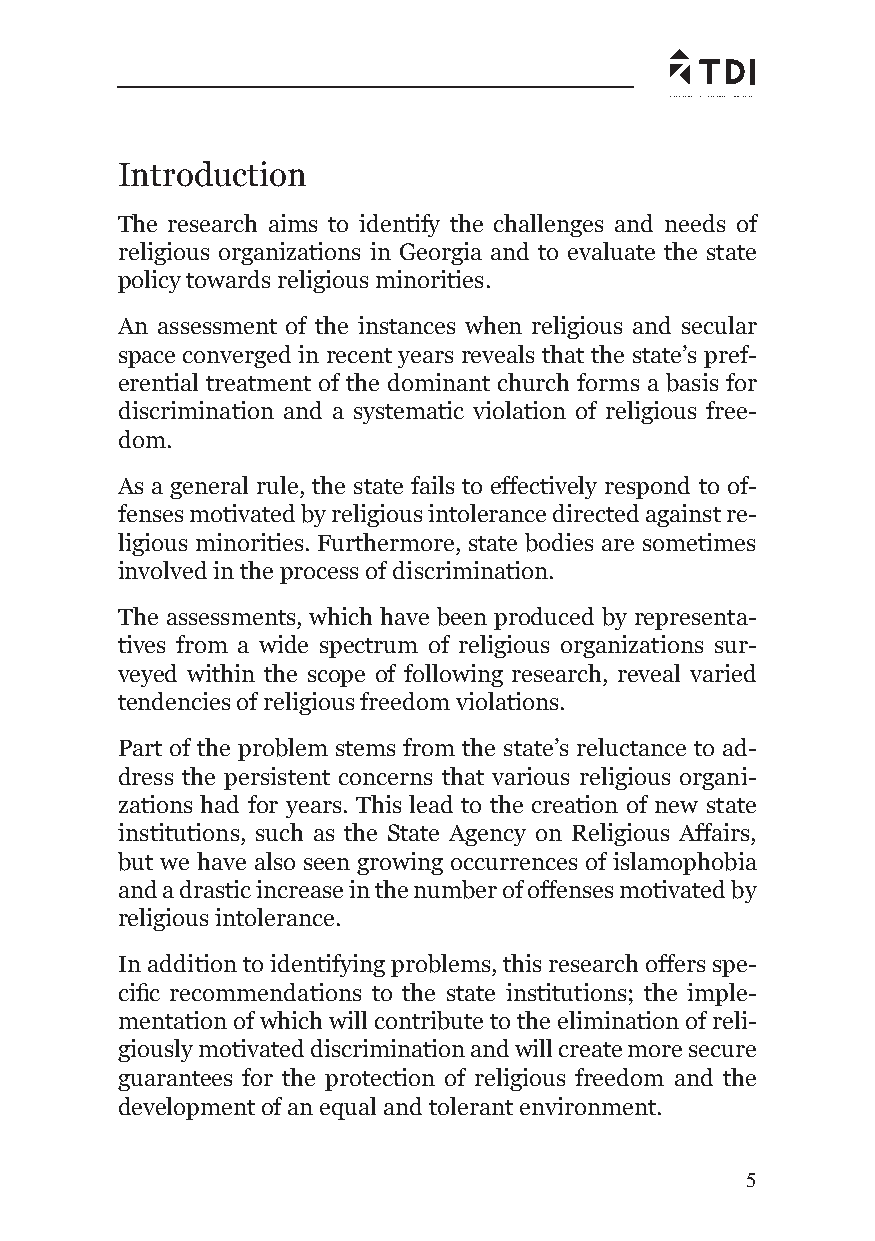
Introduction
 The research aims to identify the challenges and needs of
 religious organizations in Georgia and to evaluate the state
 policy towards religious minorities.
 An assessment of the instances when religious and secular
 space converged in recent years reveals that the state’s pref-
 erential treatment of the dominant church forms a basis for
 discrimination and a systematic violation of religious free-
 dom.
 As a general rule, the state fails to effectively respond to of-
 fenses motivated by religious intolerance directed against re-
 ligious minorities. Furthermore, state bodies are sometimes
 involved in the process of discrimination.
 The assessments, which have been produced by representa-
 tives from a wide spectrum of religious organizations sur-
 veyed within the scope of following research, reveal varied
 tendencies of religious freedom violations.
 Part of the problem stems from the state’s reluctance to ad-
 dress the persistent concerns that various religious organi-
 zations had for years. This lead to the creation of new state
 institutions, such as the State Agency on Religious Affairs,
 but we have also seen growing occurrences of islamophobia
 and a drastic increase in the number of offenses motivated by
 religious intolerance.
 In addition to identifying problems, this research offers spe-
 cifi c recommendations to the state institutions; the imple-
 mentation of which will contribute to the elimination of reli-
 giously motivated discrimination and will create more secure
 guarantees for the protection of religious freedom and the
 development of an equal and tolerant environment.
 5